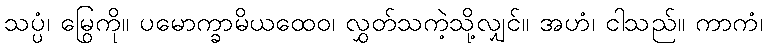
သပ္ပံ၊ မြွေကို။ ပမောက္ခာမိယထေဝ၊ လွှတ်သကဲ့သို့လျှင်။ အဟံ၊ ငါသည်။ ကာကံ၊